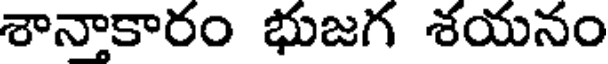
శానాకారం భుజగ శయనం